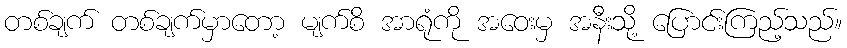
တစ်ချက် တစ်ချက်မှာတော့ မျက်စိ အာရုံကို အဝေးမှ အနီးသို့ ပြောင်းကြည့်သည်။